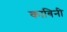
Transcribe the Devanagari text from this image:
काबिनी